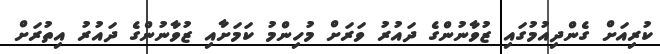
ކުރިއަށް ގެންދިއުމުގައި ޒުވާނުންގެ ދައުރު ވަރަށް މުހިންމު ކަމަށާއި ޒުވާނުންގެ ދައުރު އިތުރަށް